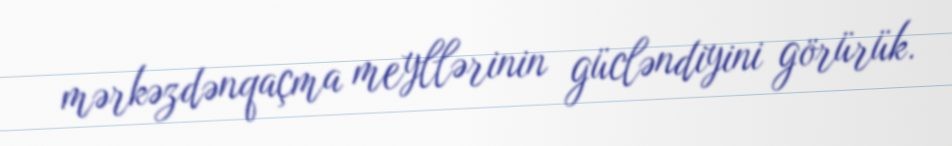
mərkəzdənqaçma meyllərinin gücləndiyini görürük.